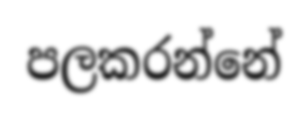
පලකරන්නේ